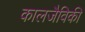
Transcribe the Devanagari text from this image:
कालजैविकी